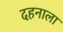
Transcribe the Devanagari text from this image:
दहनाला